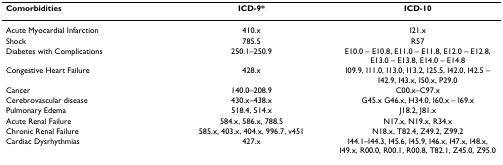
<table><thead><tr><td><b>Comorbidities</b></td><td><b>ICD-9*</b></td><td><b>ICD-10</b></td></tr></thead><tbody><tr><td>Acute Myocardial Infarction</td><td>410.x</td><td>I21.x</td></tr><tr><td>Shock</td><td>785.5</td><td>R57</td></tr><tr><td>Diabetes with Complications</td><td>250.1–250.9</td><td>E10.0 – E10.8, E11.0 – E11.8, E12.0 – E12.8, E13.0 – E13.8, E14.0 – E14.8</td></tr><tr><td>Congestive Heart Failure</td><td>428.x</td><td>I09.9, I11.0, I13.0, I13.2, I25.5, I42.0, I42.5 – I42.9, I43.x, I50.x, P29.0</td></tr><tr><td>Cancer</td><td>140.0–208.9</td><td>C00.x–C97.x</td></tr><tr><td>Cerebrovascular disease</td><td>430.x–438.x</td><td>G45.x G46.x, H34.0, I60.x – I69.x</td></tr><tr><td>Pulmonary Edema</td><td>518.4, 514.x</td><td>J18.2, J81.x</td></tr><tr><td>Acute Renal Failure</td><td>584.x, 586.x, 788.5</td><td>N17.x, N19.x, R34.x</td></tr><tr><td>Chronic Renal Failure</td><td>585.x, 403.x, 404.x, 996.7, v451</td><td>N18.x, T82.4, Z49.2, Z99.2</td></tr><tr><td>Cardiac Dysrhythmias</td><td>427.x</td><td>I44.1–I44.3, I45.6, I45.9, I46.x, I47.x, I48.x, I49.x, R00.0, R00.1, R00.8, T82.1, Z45.0, Z95.0</td></tr></tbody></table>